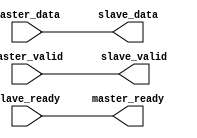
module hanslavehake_pipe_no_patting (
    input wire master_valid,
    input wire [31:0] master_data,
    output wire master_ready,

    output wire slave_valid,
    output wire [31:0] slave_data,
    input  wire slave_ready
    );

    assign master_ready = slave_ready;
    assign slave_valid = master_valid;
    assign slave_data  = master_data;
    
endmodule